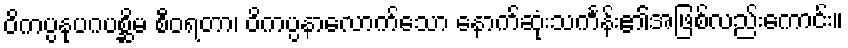
ဝိကပ္ပနုပဂပစ္ဆိမ စီဝရတာ၊ ဝိကပ္ပနာလောက်သော နောက်ဆုံးသင်္ကန်း၏အဖြစ်လည်းကောင်း။